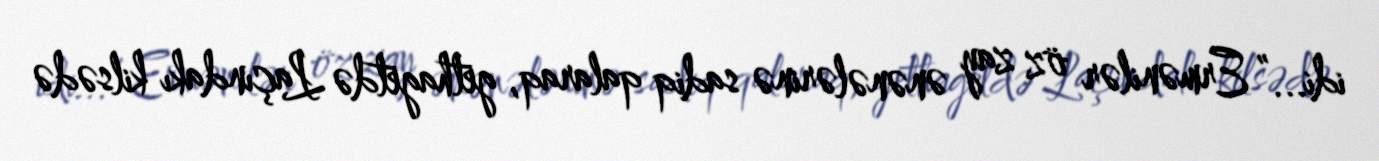
idi...” Ermənilər öz zay ənənələrinə sadiq qalaraq, gethagetdə Laçındakı kilsədə